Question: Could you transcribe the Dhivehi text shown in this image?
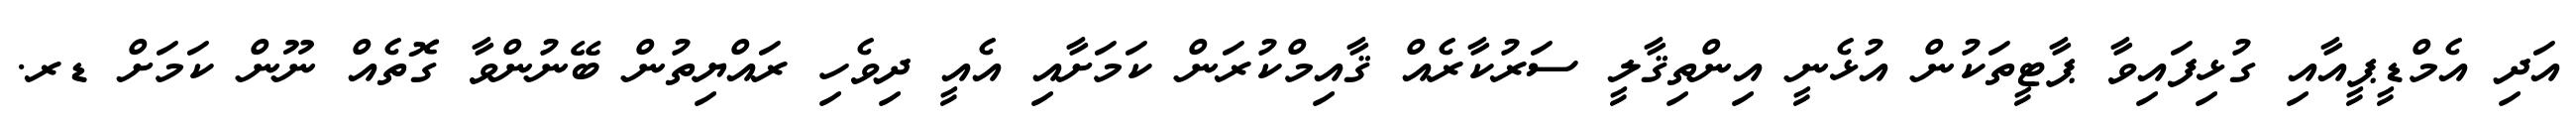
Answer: އަދި އެމްޑީޕީއާއި ގުޅިފައިވާ ޕާޓީތަކުން އުޅެނީ އިންތިޤާލީ ސަރުކާރެއް ޤާއިމްކުރަން ކަމަށާއި އެއީ ދިވެހި ރައްޔިތުން ބޭނުންވާ ގޮތެއް ނޫން ކަމަށް ޑރ.